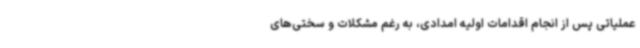
عملیاتی پس از انجام اقدامات اولیه امدادی، به رغم مشکلات و سختی‌های